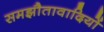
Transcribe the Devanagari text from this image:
समझौतावादियों